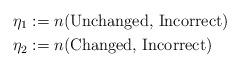
LaTeX: \begin{align*} \eta_1 &:= n(\textrm{Unchanged, Incorrect})\\ \eta_2 &:= n(\textrm{Changed, Incorrect}) \end{align*}